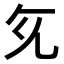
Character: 𭀙